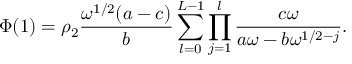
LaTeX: \Phi ( 1 ) = \rho _ { 2 } \frac { \omega ^ { 1 / 2 } ( a - c ) } { b } \sum _ { l = 0 } ^ { L - 1 } \prod _ { j = 1 } ^ { l } \frac { c \omega } { a \omega - b \omega ^ { 1 / 2 - j } } .